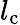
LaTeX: l_{\mathrm{c}}